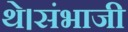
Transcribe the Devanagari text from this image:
थे।संभाजी